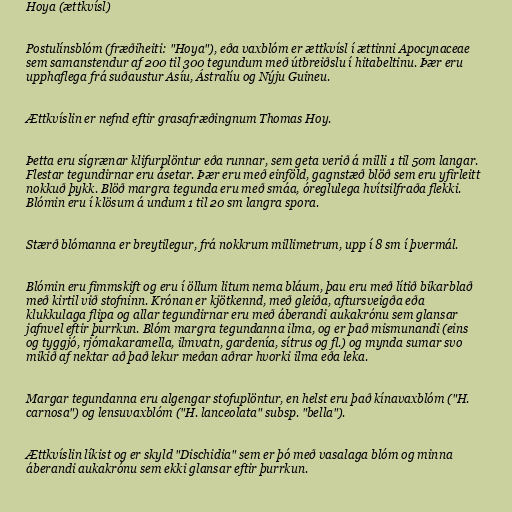
Hoya (ættkvísl)

Postulínsblóm (fræðiheiti: "Hoya"), eða vaxblóm er ættkvísl í ættinni Apocynaceae
sem samanstendur af 200 til 300 tegundum með útbreiðslu í hitabeltinu. Þær eru
upphaflega frá suðaustur Asíu, Ástralíu og Nýju Guineu.

Ættkvíslin er nefnd eftir grasafræðingnum Thomas Hoy.

Þetta eru sígrænar klifurplöntur eða runnar, sem geta verið á milli 1 til 50m langar.
Flestar tegundirnar eru ásetar. Þær eru með einföld, gagnstæð blöð sem eru yfirleitt
nokkuð þykk. Blöð margra tegunda eru með smáa, óreglulega hvítsilfraða flekki.
Blómin eru í klösum á undum 1 til 20 sm langra spora.

Stærð blómanna er breytilegur, frá nokkrum millimetrum, upp í 8 sm í þvermál.

Blómin eru fimmskift og eru í öllum litum nema bláum, þau eru með lítið bikarblað
með kirtil við stofninn. Krónan er kjötkennd, með gleiða, aftursveigða eða
klukkulaga flipa og allar tegundirnar eru með áberandi aukakrónu sem glansar
jafnvel eftir þurrkun. Blóm margra tegundanna ilma, og er það mismunandi (eins
og tyggjó, rjómakaramella, ilmvatn, gardenía, sítrus og fl.) og mynda sumar svo
mikið af nektar að það lekur meðan aðrar hvorki ilma eða leka.

Margar tegundanna eru algengar stofuplöntur, en helst eru það kínavaxblóm ("H.
carnosa") og lensuvaxblóm ("H. lanceolata" subsp. "bella").

Ættkvíslin líkist og er skyld "Dischidia" sem er þó með vasalaga blóm og minna
áberandi aukakrónu sem ekki glansar eftir þurrkun.